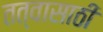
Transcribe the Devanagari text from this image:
तत्वासाठी